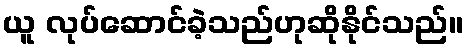
ယူ လုပ်ဆောင်ခဲ့သည်ဟုဆိုနိုင်သည်။